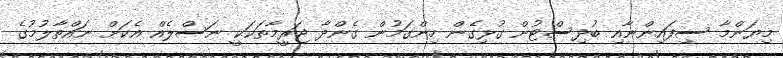
މިޔަންމާ ސިފައިންނާއި ބުދިސްޓުން ގުޅިގެން ހިންގަމުން ގެންދާ ޖަރީމާތަކަކީ ނަސްލެއް އެކަށް ނައްތާލުމުގެ